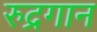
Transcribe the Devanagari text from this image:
रुद्रगान